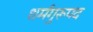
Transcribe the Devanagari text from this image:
धर्मगुरूपद